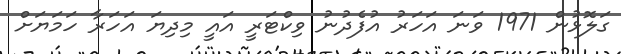
ގަލޮޅުން 1971 ވަނަ އަހަރު އުފެދުނު ވިކްޓަރީ އައީ މިދިޔަ އަހަރާ ހަމަޔަށް